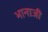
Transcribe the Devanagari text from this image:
भानाजी